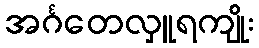
အင်္ဂတေလှူရကျိုး